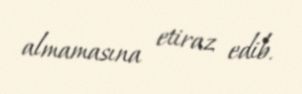
almamasına etiraz edib.